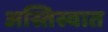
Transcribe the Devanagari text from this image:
अस्तिस्वात